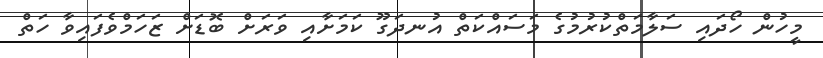
މީހުން ހޯދައި ސަލާމަތްކުރުމުގެ މަސައްކަތް އުނދަގޫ ކަމަށާއި ވަރަށް ބޮޑަށް ޒަހަމްވެފައިވާ ހަތް